Indian journal of veterinary science and animal husbandry - Volumes 15-17, 1948-1951
Year: 1948
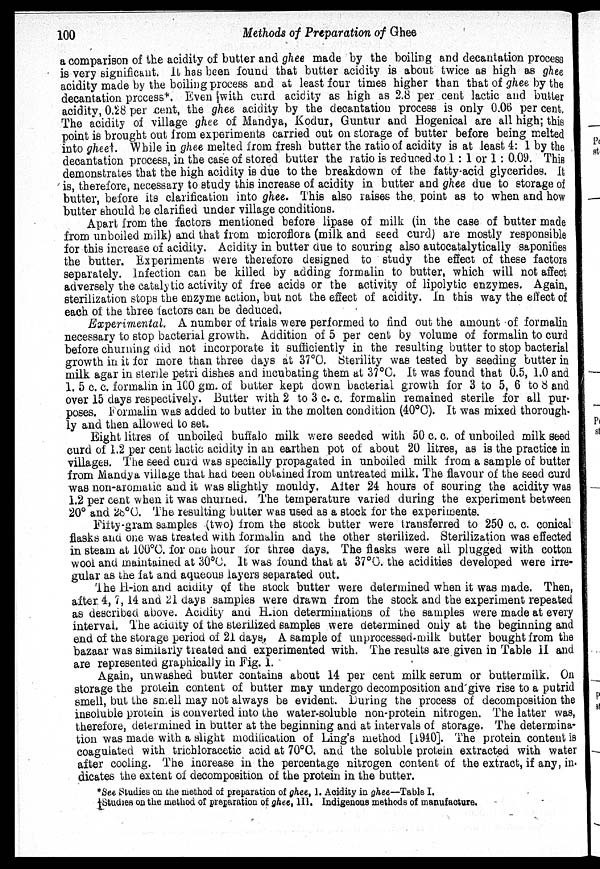
100
Methods of Preparation of Ghee
a comparison of the acidity of butter and ghee made by the boiling and decantation process
is very significant. It has been found that butter acidity is about twice as high as ghee
acidity made by the boiling process and at least four times higher than that of ghee by the
decantation process*. Even with curd acidity as high as 2.8 per cent lactic and butter
acidity, 0.28 per cent, the ghee acidity by the decantation process is only 0.06 per cent.
The acidity of village ghee of Mandya, Kodur, Guntur and Hogenical are all high; this
point is brought out from experiments carried out on storage of butter before being melted
into gheet. While in ghee melted from fresh butter the ratio of acidity is at least 4: 1 by the
decantation process, in the case of stored butter the ratio is reduced to 1 : 1 or 1 : 0.09. This
demonstrates that the high acidity is due to the breakdown of the fatty acid glycerides. It
is, therefore, necessary to study this increase of acidity in butter and ghee due to storage of
butter, before its clarification into ghee. This also raises the point as to when and how
butter should be clarified under village conditions.
Apart from the factors mentioned before lipase of milk (in the case of butter made
from unboiled milk) and that from microflora (milk and seed curd) are mostly responsible
for this increase of acidity. Acidity in butter due to souring also autocatalytically saponifies
the butter. Experiments were therefore designed to study the effect of these factors
separately. Infection can be killed by adding formalin to butter, which will not affect
adversely the catalytic activity of free acids or the activity of lipolytic enzymes. Again,
sterilization stops the enzyme action, but not the effect of acidity. In this way the effect of
each of the three factors can be deduced.
Experimental. A number of trials were performed to find out the amount of formalin
necessary to stop bacterial growth. Addition of 5 per cent by volume of formalin to curd
before churning did not incorporate it sufficiently in the resulting butter to stop bacterial
growth in it for more than three days at 37°C. Sterility was tested by seeding butter in
milk agar in sterile petri dishes and incubating them at 37°C. It was found that 0.5, 1.0 and
1.5 c. c. formalin in 100 gm. of butter kept down bacterial growth for 3 to 5, 6 to 8 and
over 15 days respectively. Butter with 2 to 3 c. c. formalin remained sterile for all pur-
poses. Formalin was added to butter in the molten condition (40°C). It was mixed thorough-
ly and then allowed to set.
Eight litres of unboiled buffalo milk were seeded with 50 c. c. of unboiled milk seed
curd of 1.2 per cent lactic acidity in an earthen pot of about 20 litres, as is the practice in
villages. The seed curd was specially propagated in unboiled milk from a sample of butter
from Mandya village that had been obtained from untreated milk. The flavour of the seed curd
was non-aromatic and it was slightly mouldy. After 24 hours of souring the acidity was
1.2 per cent when it was churned. The temperature varied during the experiment between
20° and 28°C. The resulting butter was used as a stock for the experiments.
Fifty-gram samples (two) from the stock butter were transferred to 250 c. c. conical
flasks and one was treated with formalin and the other sterilized. Sterilization was effected
in steam at 100°C. for one hour for three days. The flasks were all plugged with cotton
wool and maintained at 30°C. It was found that at 37°C. the acidities developed were irre-
gular as the fat and aqueous layers separated out.
The H-ion and acidity of the stock butter were determined when it was made. Then,
after 4, 7, 14 and 21 days samples were drawn from the stock and the experiment repeated
as described above. Acidity and H-ion determinations of the samples were made at every
interval. The acidity of the sterilized samples were determined only at the beginning and
end of the storage period of 21 days, A sample of unprocessed-milk butter bought from the
bazaar was similarly treated and experimented with. The results are given in Table II and
are represented graphically in Fig. 1.
Again, unwashed butter contains about 14 per cent milk serum or buttermilk. On
storage the protein content of butter may undergo decomposition and give rise to a putrid
smell, but the smell may not always be evident. During the process of decomposition the
insoluble protein is converted into the water-soluble non-protein nitrogen. The latter was,
therefore, determined in butter at the beginning and at intervals of storage. The determina-
tion was made with a slight modification of Ling's method [1940]. The protein content is
coagulated with trichloracetic acid at 70°C. and the soluble protein extracted with water
after cooling. The increase in the percentage nitrogen content of the extract, if any, in-
dicates the extent of decomposition of the protein in the butter.
*See Studies on the method of preparation of ghee, 1. Acidity in ghee—Table I.
†Studies on the method of preparation of ghee, III. Indigenous methods of manufacture.